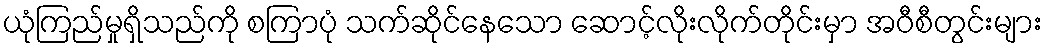
ယုံကြည်မှုရှိသည်ကို စကြာပုံ သက်ဆိုင်နေသော ဆောင့်လိုးလိုက်တိုင်းမှာ အဝီစီတွင်းများ